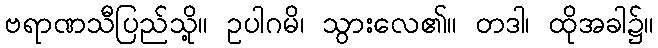
ဗရာဏသီပြည်သို့။ ဥပါဂမိ၊ သွားလေ၏။ တဒါ၊ ထိုအခါ၌။